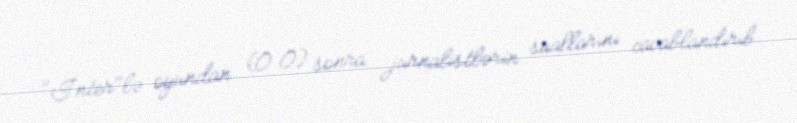
"İnter"lə oyundan (0:0) sonra jurnalistlərin suallarını cavablandırıb.